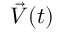
\vec { V } ( t )